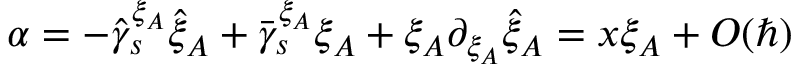
\alpha = - \hat { \gamma } _ { s } ^ { \xi _ { A } } \hat { \xi } _ { A } + \bar { \gamma } _ { s } ^ { \xi _ { A } } \xi _ { A } + \xi _ { A } \partial _ { \xi _ { A } } \hat { \xi } _ { A } = x \xi _ { A } + { \cal O } ( \hbar )